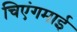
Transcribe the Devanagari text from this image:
चिएंगमाई